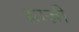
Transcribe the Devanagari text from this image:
ग्राज़ी